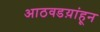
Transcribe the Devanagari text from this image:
आठवडय़ांहून